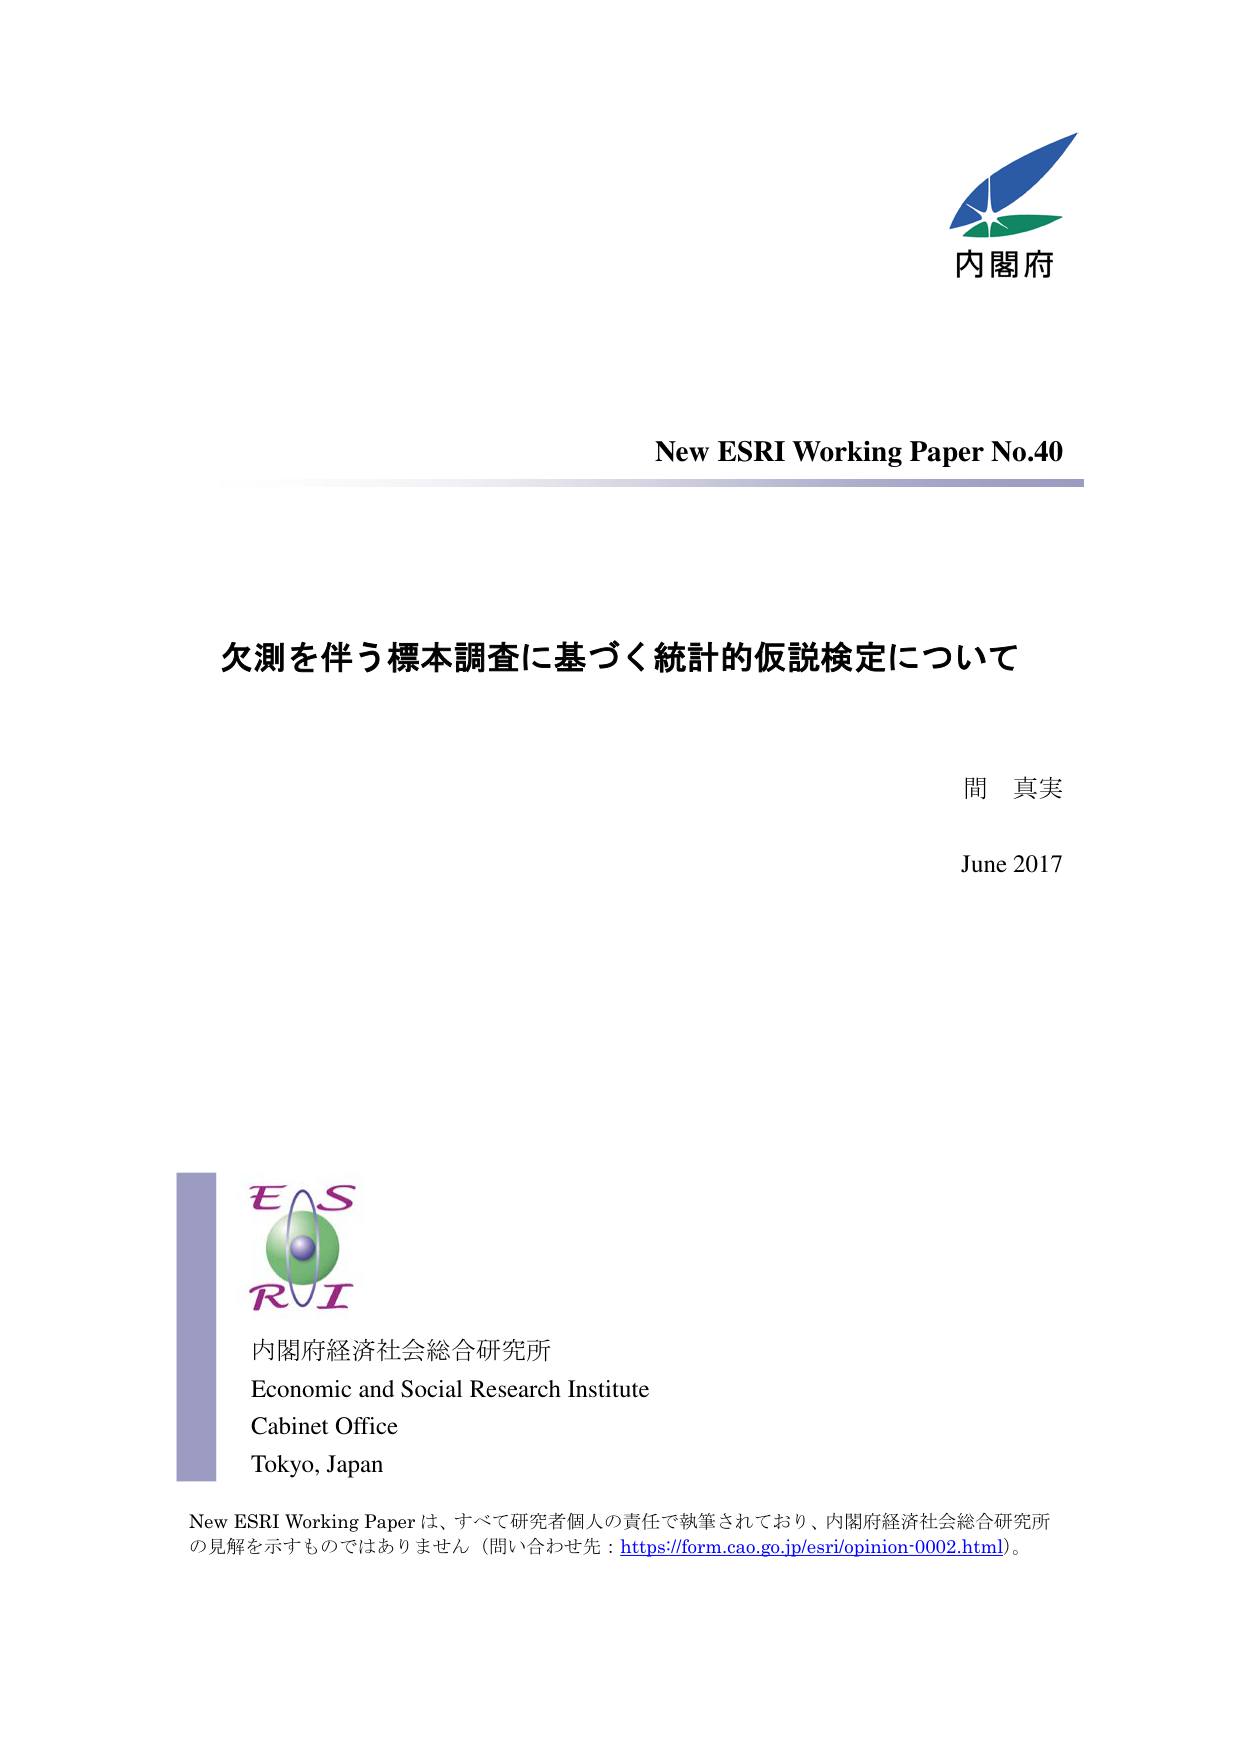
内閣府

New ESRI Working Paper No.40

欠測を伴う標本調査に基づく統計的仮説検定について

間 真実

June 2017

ES
RI

内閣府経済社会総合研究所
Economic and Social Research Institute
Cabinet Office
Tokyo, Japan

New ESRI Working Paper は、すべて研究者個人の責任で執筆されており、内閣府経済社会総合研究所の見解を示すものではありません（問い合わせ先：https://form.cao.go.jp/esri/opinion-0002.html）。